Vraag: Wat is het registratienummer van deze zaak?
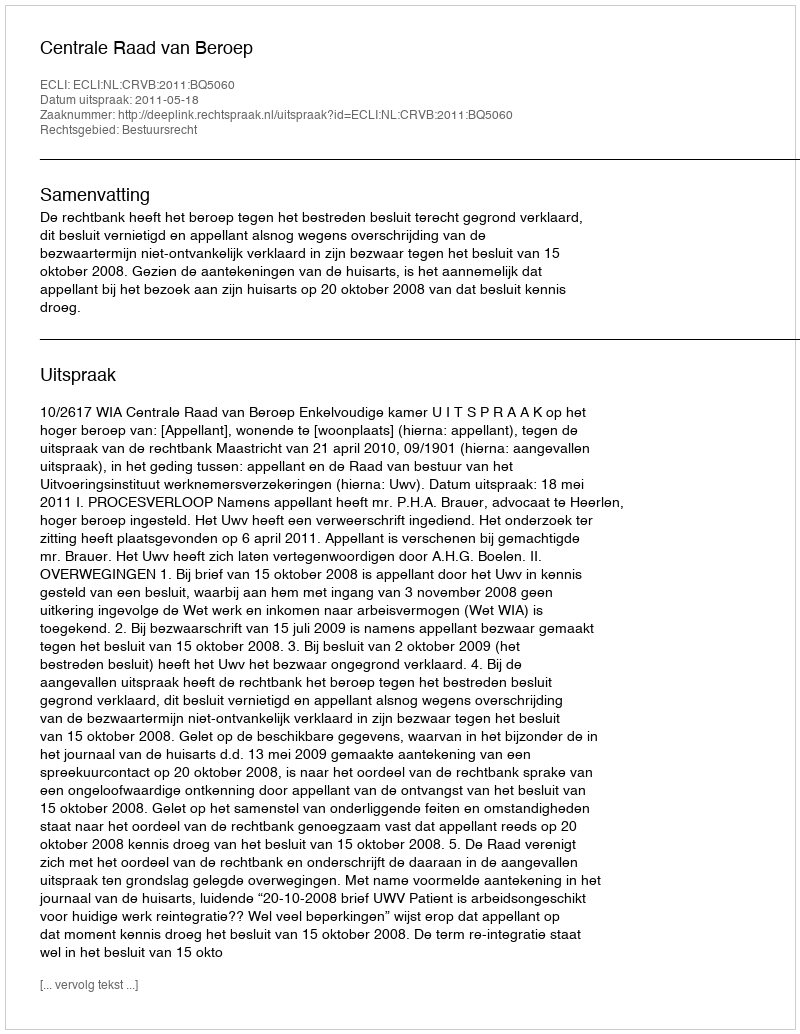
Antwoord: http://deeplink.rechtspraak.nl/uitspraak?id=ECLI:NL:CRVB:2011:BQ5060